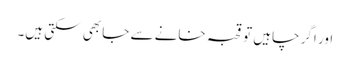
اور اگر چاہیں تو قحبہ خانے سے جا بھی سکتی ہیں۔